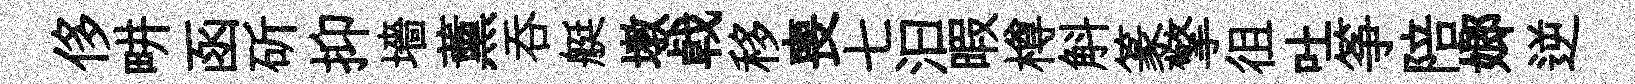
侈畊函斫抑墻薰呑艇墩㦸移喪七汩暇樽斛篆擎徂吐筝陪嫏逆